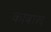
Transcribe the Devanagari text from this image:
काबाल